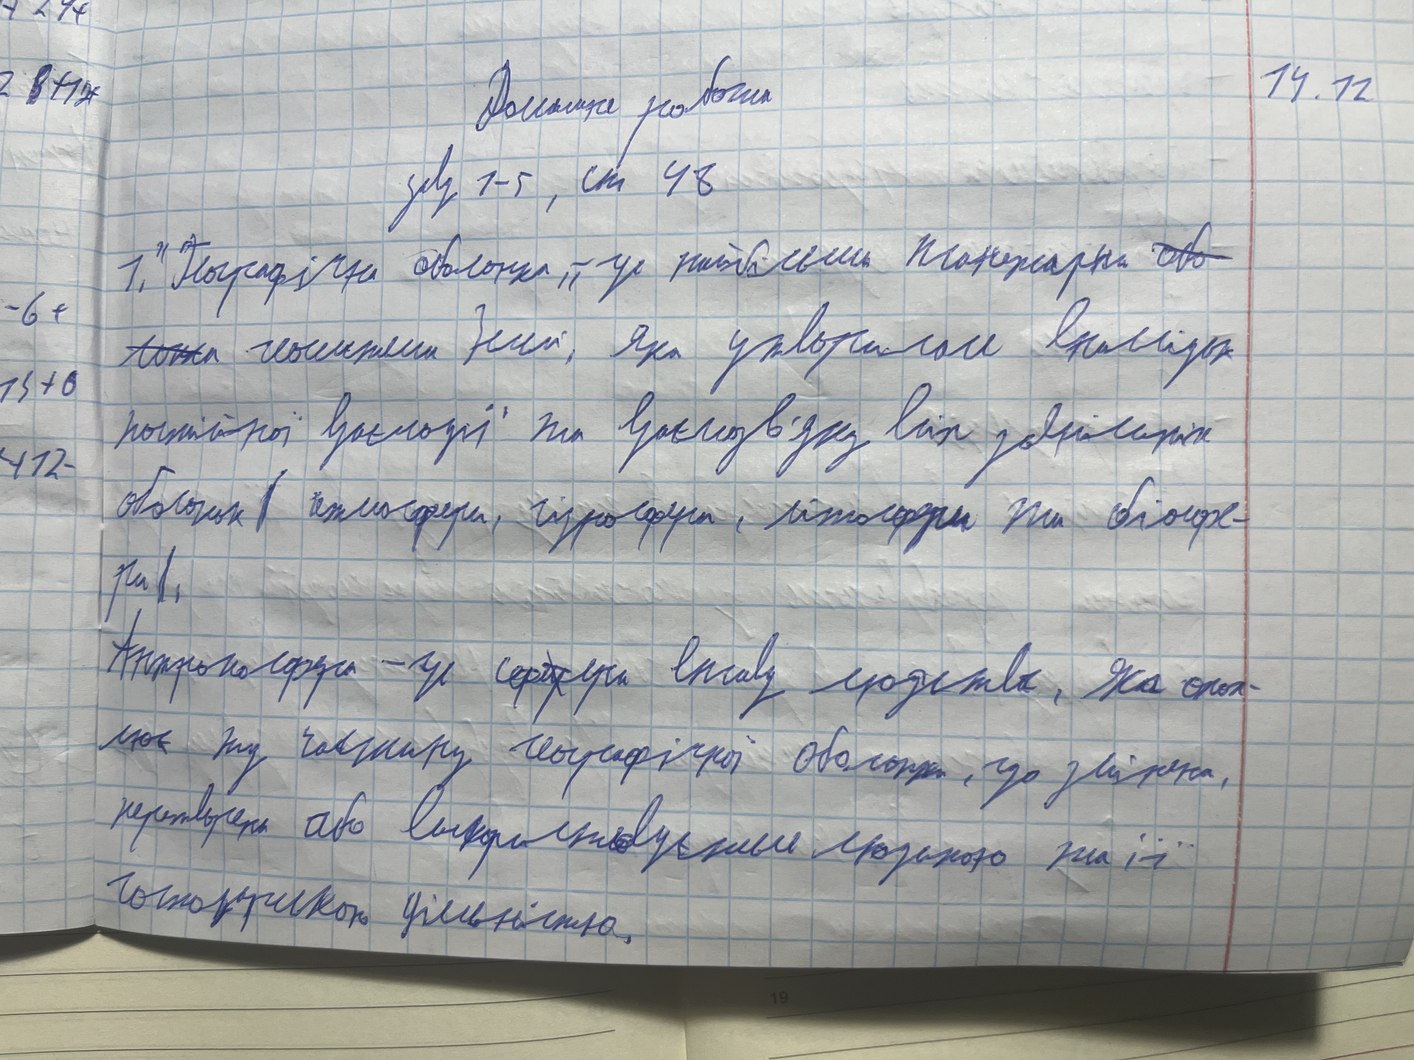
Домашня робота
14.12
зав 1-5, ст 48
1. "Географічна оболонка" - це найбільша планетарна ~~обо~~
-6+
~~лонка~~ посилення Землі, яка утворилас вналідок
13+6
постійної взаємодії та взаємозв'язку між зовнішнііх
112-
оболонок (атмосфери, гідросфери, літосфери та біосфе-
ри).
Антропосфера - це сф~~ш~~ера впливу людства, яка охоп-
лює ту частину географічної оболонки, що змінена,
перетворена або використовується  людиною та її
господарською діяльністю.